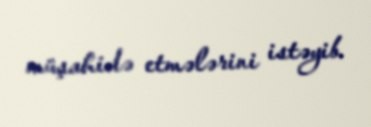
müşahidə etmələrini istəyib.